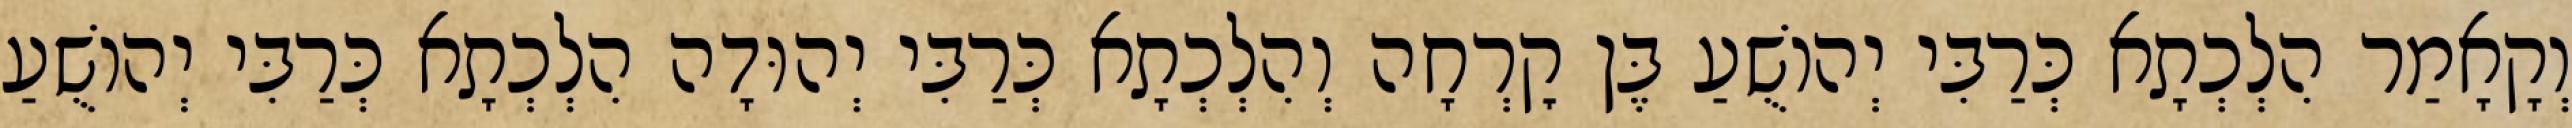
וְקָאָמַר הִלְכְתָא כְּרַבִּי יְהוֹשֻׁעַ בֶּן קׇרְחָה וְהִלְכְתָא כְּרַבִּי יְהוּדָה הִלְכְתָא כְּרַבִּי יְהוֹשֻׁעַ